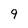
Character: 9